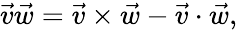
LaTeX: {\vec{v}}{\vec{w}}={\vec{v}}\times{\vec{w}}-{\vec{v}}\cdot{\vec{w}},